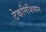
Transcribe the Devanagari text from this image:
टेकनिशियन